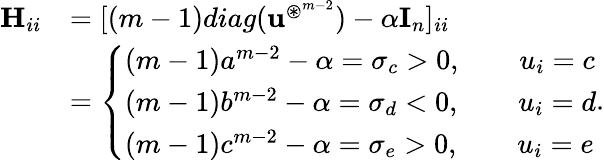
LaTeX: \begin{array}{rl}{\mathbf H_{ii}}&{=[(m-1)diag(\mathbf u^{\circledast^{m-2}})-\alpha\mathbf I_{n}]_{ii}}\\ &{=\left\{ \begin{array}{ll}{(m-1)a^{m-2}-\alpha=\sigma_{c}>0,\quad\quad u_{i}=c}\\ {(m-1)b^{m-2}-\alpha=\sigma_{d}<0,\quad\quad u_{i}=d}\\ {(m-1)c^{m-2}-\alpha=\sigma_{e}>0,\quad\quad u_{i}=e}\end{array}\right..}\end{array}